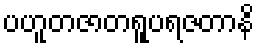
ပဟူတဇာတရူပရဇတာနိ